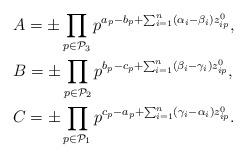
LaTeX: \begin{align*} & A = \pm \prod_{p \in {\cal P}_3} p^{a_p-b_p+\sum_{i=1}^n (\alpha_i-\beta_i) z_{ip}^0}, \\ & B = \pm \prod_{p \in {\cal P}_2} p^{b_p-c_p+\sum_{i=1}^n (\beta_i-\gamma_i) z_{ip}^0}, \\ & C = \pm \prod_{p \in {\cal P}_1} p^{c_p-a_p+\sum_{i=1}^n (\gamma_i-\alpha_i) z_{ip}^0}. \end{align*}